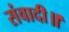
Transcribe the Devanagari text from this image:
संवादी॥